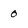
Character: 0